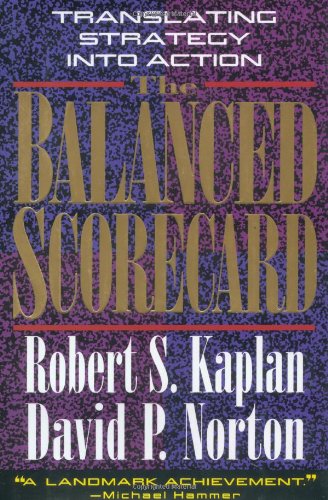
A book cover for The Balanced Scorecard: Translating Strategy into Action; Robert S. Kaplan; Business & Money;